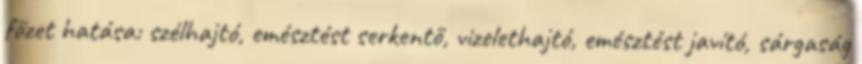
főzet hatása: szélhajtó, emésztést serkentő, vizelethajtó, emésztést javító, sárgaság